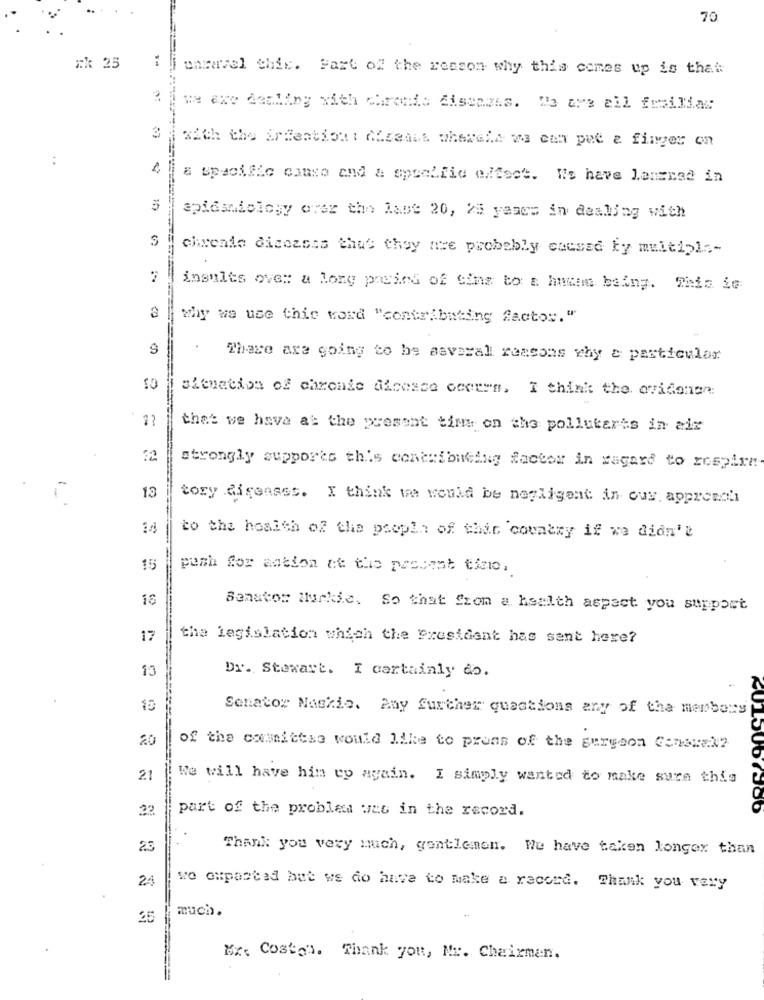
70
*k 25
unravel this. Fare of the reason why this comes up is that
we are dealing with chronic diseases. We are all familiar
3
with the Srfentiout Chseant whewele wa can put & finger on
:
a specific causa and a specific effect. We have Lanzaad in
spidsniology over the last 20, 25 years in dealing with
chronic diseases that they are probably caused by multiple-
insults ove: a long pasind of Gins to a human being. This is
why we use this word "contributing factos."
9
There are going to be several reasons why a particular
10
situation of chronic disease ocerra, I think the ovidonan:
that we have at the present time on the pollutarts in ale
32
strongly supports this contributing factor in ragard to respira
13
tory diseases. I think we would be negligent in cus. approach
= = 8 2 3
to the hoalth of the people of this country if we didn't
15
push for antion at the pescent time,
18
Senator Markle, So that from a health aspect you support
17
the legislation which the President has sent here?
13
Dr. Stewart. I certainly do.
Senator Naskie. Any further questions any of the members
20
of the comnietse would like to prons of the surgeon General?
21
We will have him wy again. I simply wanted to make sure this
part of the problem was in the record.
22
23
Thank you very much, gentlemen. We have taken longer than
24
wo oxpasted but we do have to make a record. Thank you very
much.
25
#x: Costo". Thank you, Mr. Chairman.